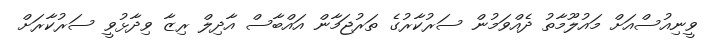
ވީނިއުސްއަށް މައުލޫމާތު ދެއްވަމުން ސަރުކާރުގެ ތަރުޖަމާން އައްބާސް އާދިލް ރިޒާ ވިދާޅުވީ ސަރުކާރަށް